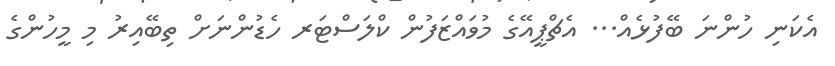
އެކަނި ހުންނަ ބޭފުޅެއް... އެޗްޕީއޭގެ މުވައްޒަފުން ކްލަސްޓަރ ހެޑުންނަށް ތިބޭއިރު މި މީހުންގެ